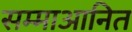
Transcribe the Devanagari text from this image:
सम्माआनित